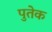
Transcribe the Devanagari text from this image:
पुतेक